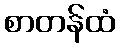
စာတန်ထံ